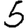
Digit: 5